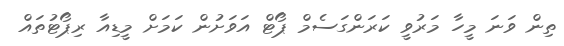
ތިން ވަނަ މީހާ މަރުވީ ކަރަންގަސެމް ޕޯޓް އަވަށުން ކަމަށް މީޑިއާ ރިޕޯޓުތައް